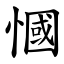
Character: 慖